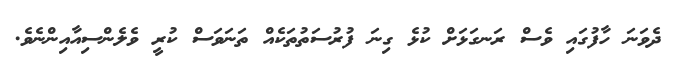
ދެވަނަ ހާފުގައި ވެސް ރަނގަޅަށް ކުޅެ ގިނަ ފުރުސަތުތަކެއް ތަނަވަސް ކުރީ ވެލެންސިއާއިންނެވެ.